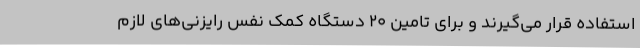
استفاده قرار می‌گیرند و برای تامین 20 دستگاه کمک نفس رایزنی‌های لازم